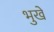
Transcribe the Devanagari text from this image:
भुखे